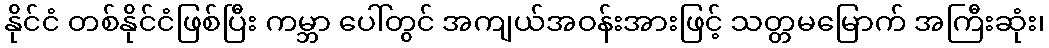
နိုင်ငံ တစ်နိုင်ငံဖြစ်ပြီး ကမ္ဘာ ပေါ်တွင် အကျယ်အဝန်းအားဖြင့် သတ္တမမြောက် အကြီးဆုံး၊